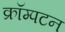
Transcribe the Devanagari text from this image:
क्रॉम्पटन